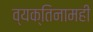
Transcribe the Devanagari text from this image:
व्यक्तिनामही